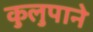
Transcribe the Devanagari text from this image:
कुलुपाने